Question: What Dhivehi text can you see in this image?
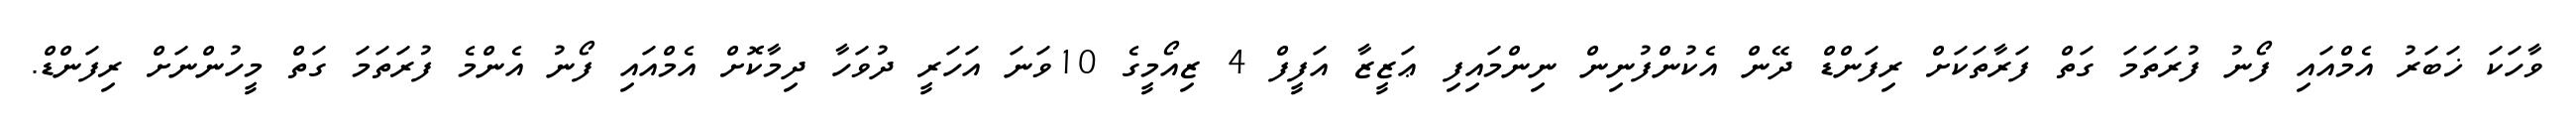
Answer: ވާހަކަ ޚަބަރު އެމްއައި ފޯނު ފުރަތަމަ ގަތް ފަރާތަކަށް ރިފަންޑް ދޭން އެކުންފުނިން ނިންމައިފި ޢަޒީޒާ އަފީފް 4 ޒިއޯމީގެ 10ވަނަ އަހަރީ ދުވަހާ ދިމާކޮށް އެމްއައި ފޯނު އެންމެ ފުރަތަމަ ގަތް މީހުންނަށް ރިފަންޑް.